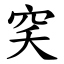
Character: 穾